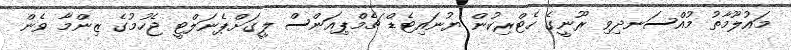
މައުލޫމާތު މުއްސަނދިވި ރޫނީގެ ހެޓްރިކުން ޔުނައިޓެޑް ޗެމްޕިއަންސް ލީގަށްޕެނަލްޓީ ޖެހުމުގެ ޒިންމާ ވެން